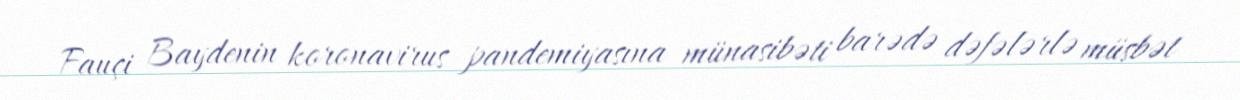
Fauçi Baydenin koronavirus pandemiyasına münasibəti barədə dəfələrlə müsbət